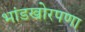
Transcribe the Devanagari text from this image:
भांडखोरपणा